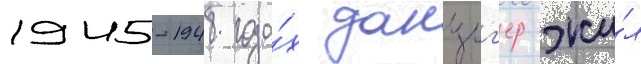
1945-1948 года́х данциг'ер жи́л